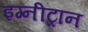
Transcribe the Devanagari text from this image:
इग्नीट्रान